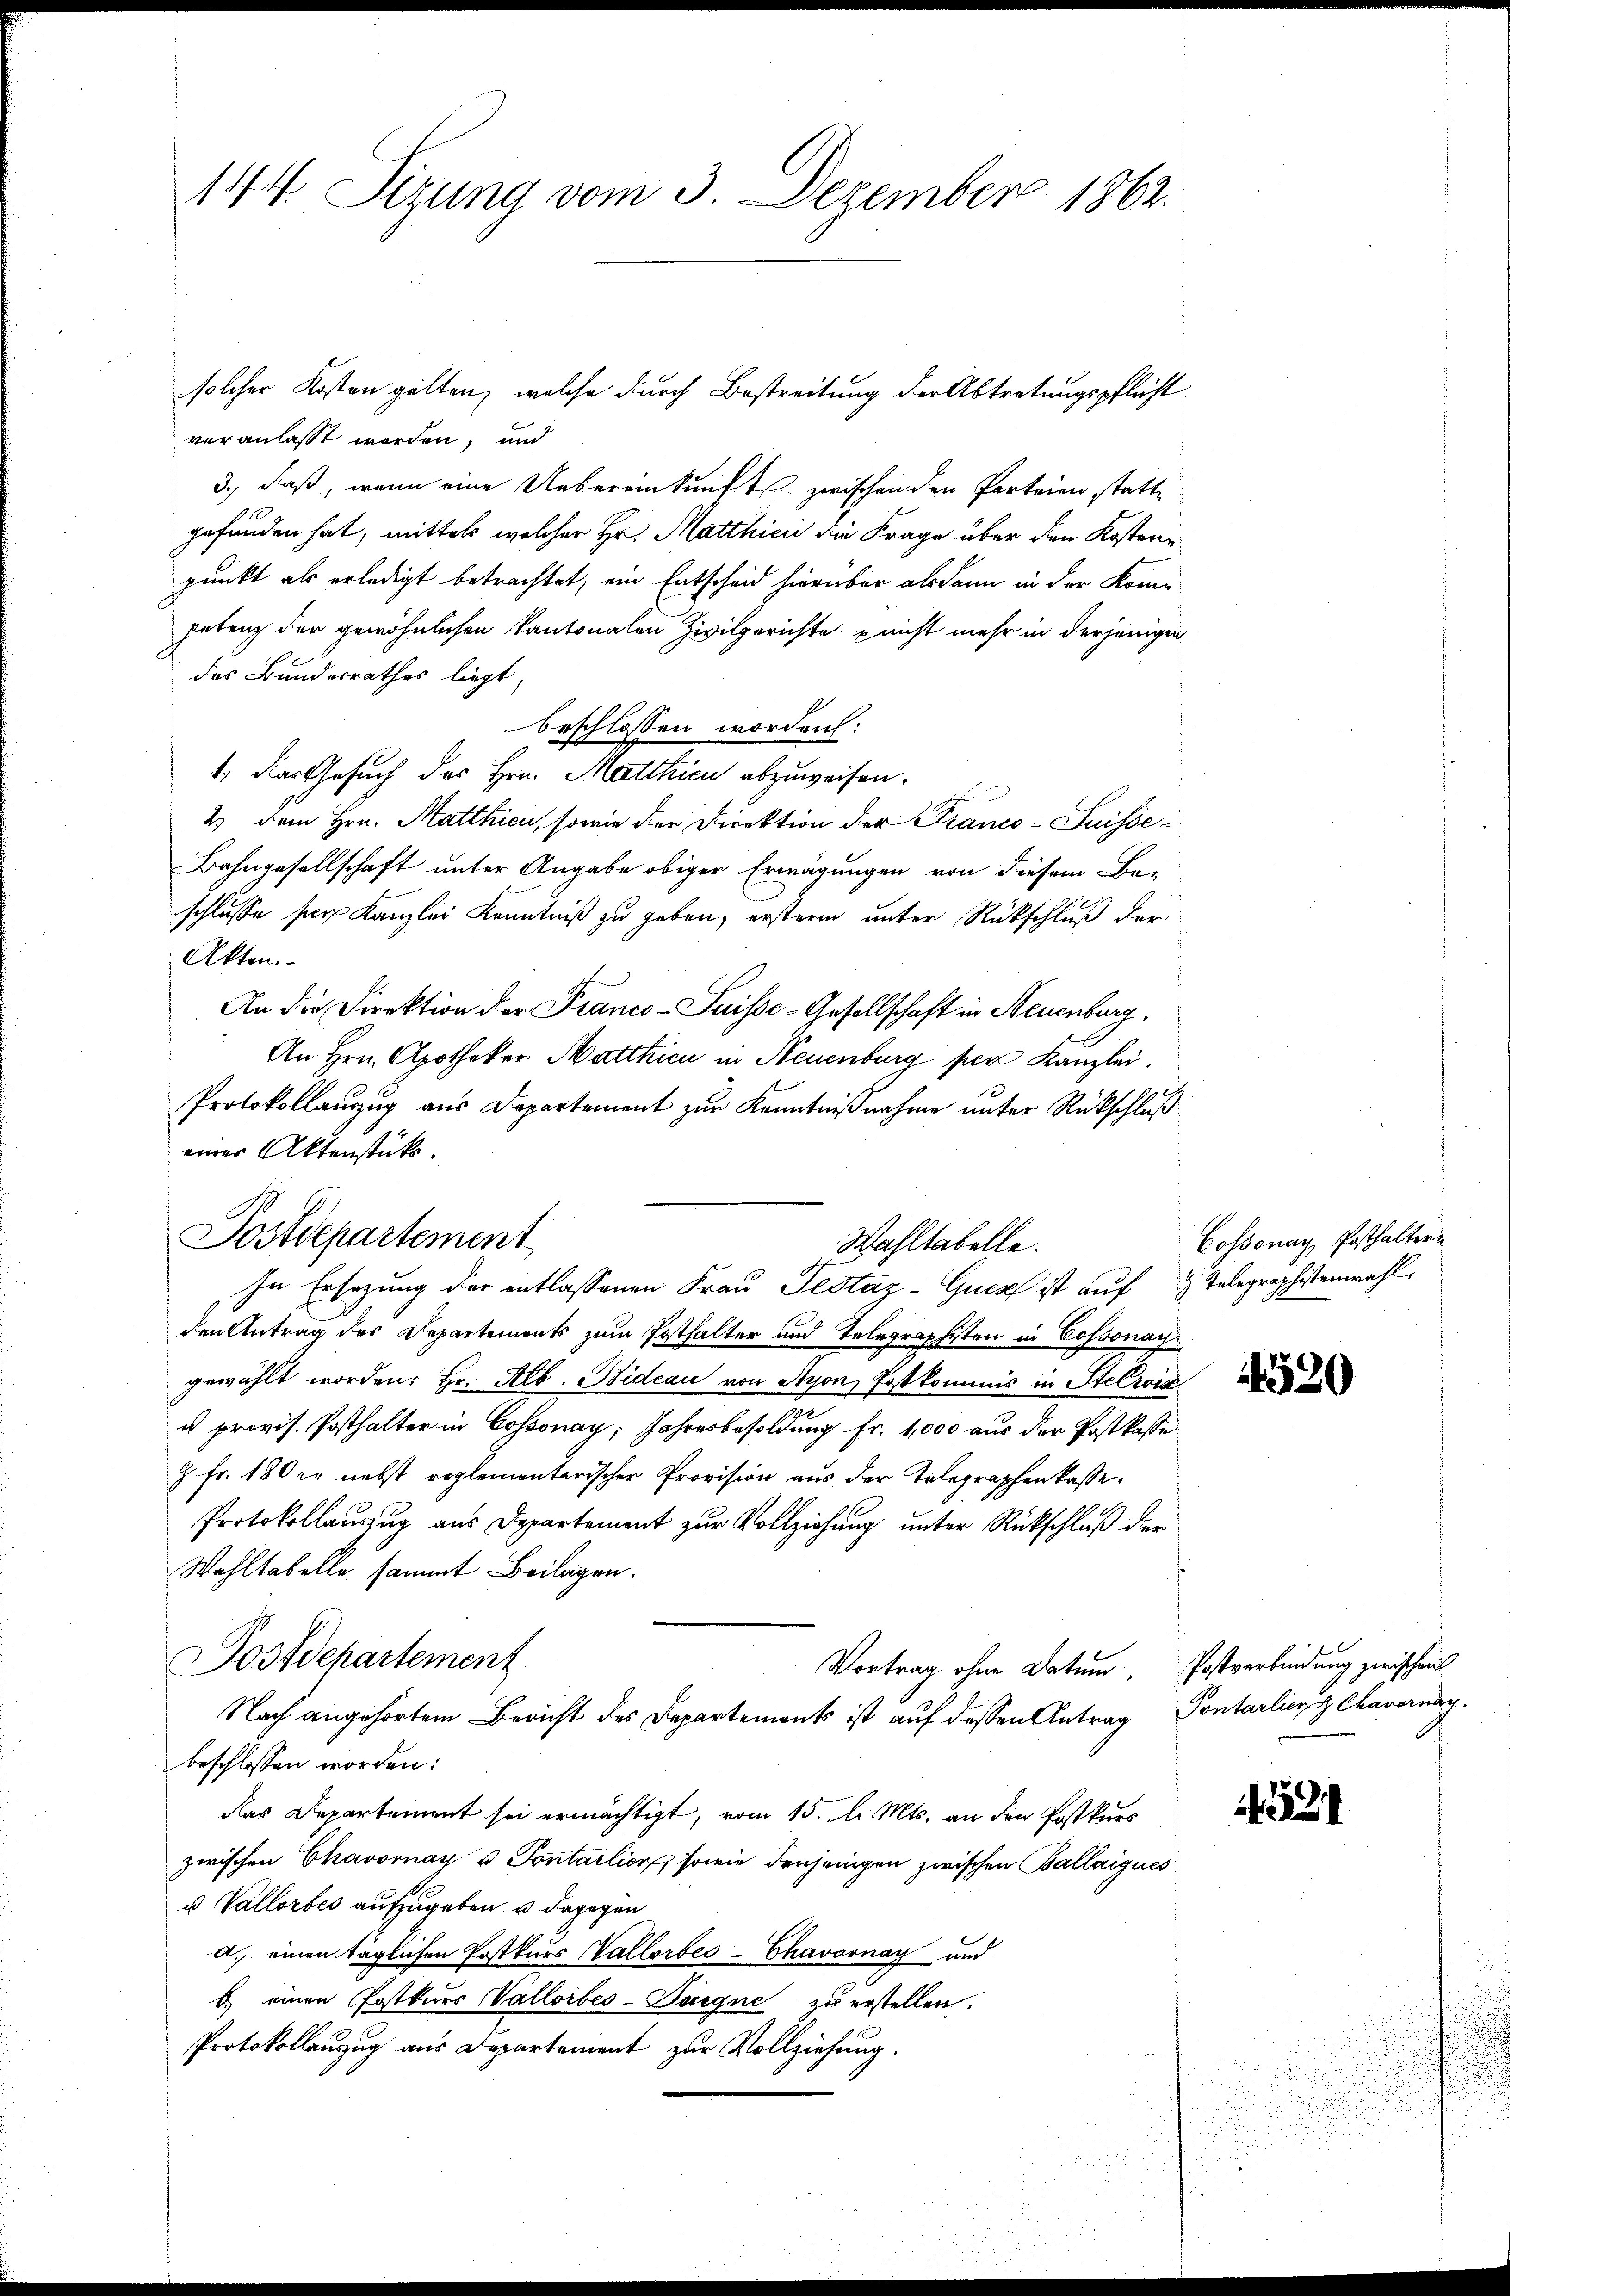
144. Sizung vom 3. Dezember 1862.

solcher Kosten gelten, welche durch Bestreitung der Abtretungspflicht
veranlasst worden, und
3., daß, wenn eine Uebereinkunft zwischen den Parteien statte
gefunden hat, mittels welcher Hr. Matthici die Frage über den Kostenpunkt als erledigt betrachtet, ein Entscheid hierüber alsdann in der Komigebung der gewöhnlichen Kantonalen Zivilgerichte nicht mehr in derjenigen
des Bundesrathes liegt,
beschlossen worden:
1. Das Gesuch des Hrn. Matthicu abzuweisen.

2) dem Hrn. Matthien, sowie der Direktion der Franco-Suisse¬
Bahngesellschaft unter Angabe obiger Erwägungen von diesem Be-
schlusse sei Kanzlei Kenntniß zu geben, ersterm unter Rückschluß der
Akten.
An die Direktion der Franco-Suisse-Gesellschaft in Neuenburg.
An Hrn. Apotheker Matthien in Neuenburg per Kanzlei.
Protokollauszug aus Departement zur Kenntnißnahme unter Rückschluß
einer Aktenstücke.

Postdepartement

Postdepartement

In Ersetzung der entlassenen Frau Testaz-Gucz ist auf  Telegraphistenwahl
den Antrag des Departements zum Posthalter und Telegraphisten in Cossonay
gewählt worden: Hr. Alb. Bideau von Nyon, Postkommis in Stelzoiz
u provis. Posthalter in Cossonay, Jahresbesoldung fr. 1,000 aus der Postkasse
9 Fr. 180 er nebst reglementarischer Provision aus der Telegraphenkasse.
Protokollauszug aus Departement zur Vollziehung unter Rückschluß der
Wohltabelle sammt Beilagen.
Vortrag ohne Datum, Postverbindung zwischen
Nach angehörtem Bericht des Departements ist auf dessen Antrag Pontalien Chavernay.
beschlossen worden:
das Departement sei ermächtigt, vom 15. d. Mts. an den Postkurs
zwischen Chavornay u Pontarlier, sowie denjenigen zwischen Ballaigues
u Vallorbes aufzugeben u dagegen
d. einen täglichen Postkurs Vallorbes-Chavornay und
b.) einen Postkurs Valloibes-Deigne zu erstellen.
Protokollanzug aus Departement zur Vollziehung.

Wahltabelle.

Cossonay, Posthaltern

4520

3